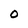
Character: 0